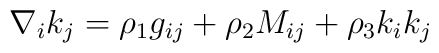
\nabla_{i}k_{j}=\rho_{1}g_{ij}+\rho_{2}M_{ij}+\rho_{3}k_{i}k_{j}